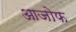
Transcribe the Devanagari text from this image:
आजोफ